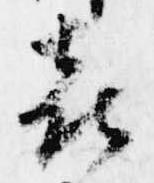
喜